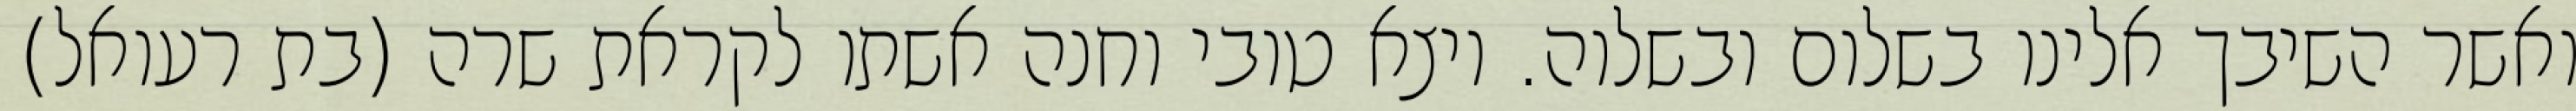
ואשר השיבך אלינו בשלום ובשלוה. ויצא טובי וחנה אשתו לקראת שרה (בת רעואל)